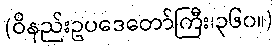
(ဝိနည်းဥပဒေတော်ကြီး၊၃၆၀။)